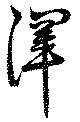
渾